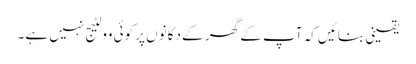
یقینی بنائیں کہ آپ کے گھر کے دکانوں پر کوئی وولٹیج نہیں ہے۔